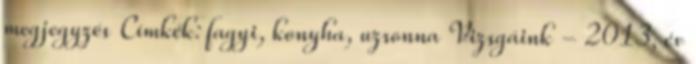
megjegyzés Címkék: fagyi, konyha, uzsonna Vizsgáink - 2013, év